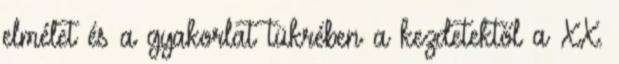
elmélet és a gyakorlat tükrében a kezdetektől a XX.